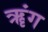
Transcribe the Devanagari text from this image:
ॠंग